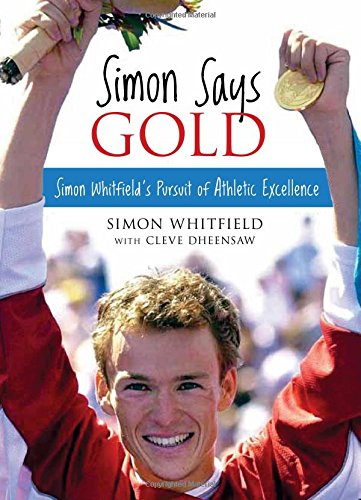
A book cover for Simon Says Gold: Simon Whitfield's Pursuit of Athletic Excellence; Simon Whitfield; Children's Books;